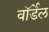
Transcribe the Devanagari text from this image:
वॉर्डेल